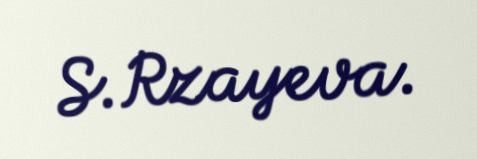
S.Rzayeva.